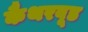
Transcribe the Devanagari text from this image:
कैथरवूड